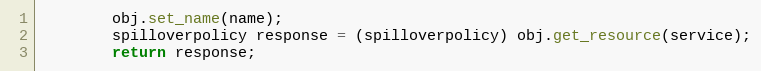
Language: Java
		obj.set_name(name);
		spilloverpolicy response = (spilloverpolicy) obj.get_resource(service);
		return response;